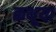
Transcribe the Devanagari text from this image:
कथूया